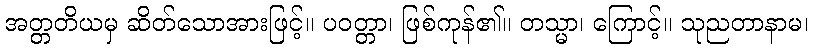
အတ္တတိယမှ ဆိတ်သောအားဖြင့်။ ပဝတ္တာ၊ ဖြစ်ကုန်၏။ တသ္မာ၊ ကြောင့်။ သုညတာနာမ၊